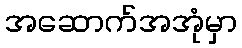
အဆောက်အအုံမှာ